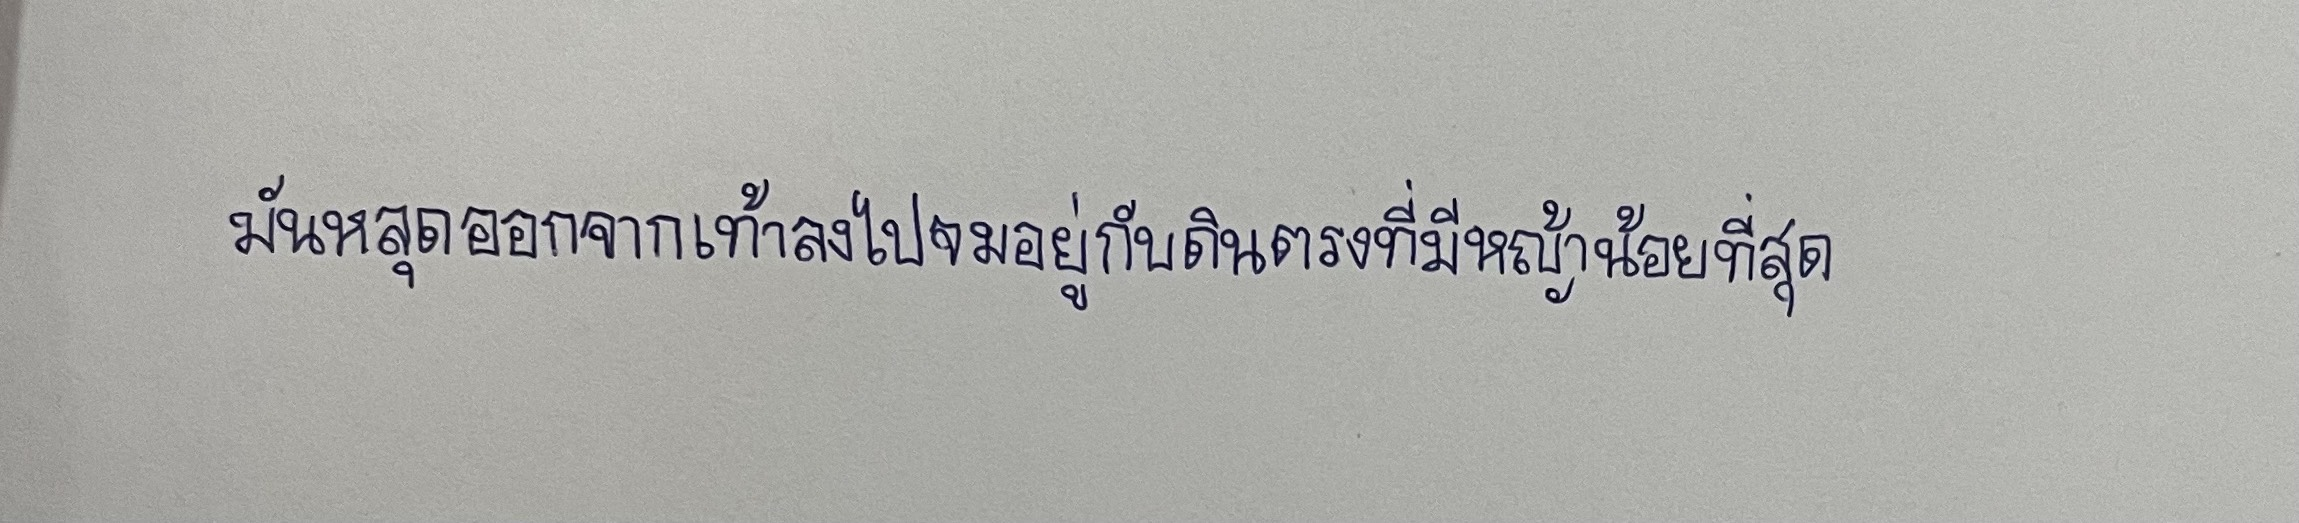
มันหลุดออกจากเท้าลงไปจมอยู่กับดินตรงที่มีหญ้าน้อยที่สุด